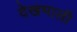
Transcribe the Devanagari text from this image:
देखभाली